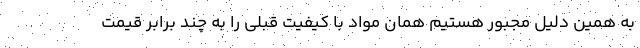
به همین دلیل مجبور هستیم همان مواد با کیفیت قبلی را به چند برابر قیمت